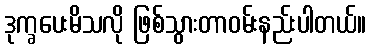
ဒုက္ခပေးမိသလို ဖြစ်သွားတာဝမ်းနည်းပါတယ်။